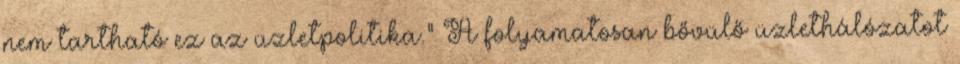
nem tartható ez az üzletpolitika.” A folyamatosan bővülő üzlethálózatot